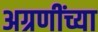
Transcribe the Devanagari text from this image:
अग्रणींच्या